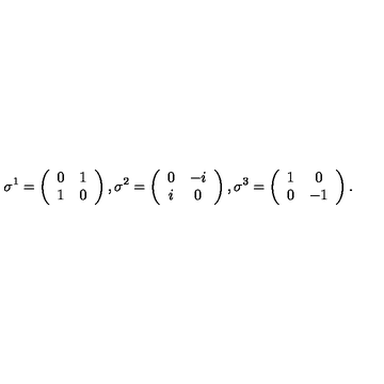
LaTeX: \sigma ^ { 1 } = \left( \begin{array} { c c } { 0 } & { 1 } \\ { 1 } & { 0 } \\ \end{array} \right) , \sigma ^ { 2 } = \left( \begin{array} { c c } { 0 } & { - i } \\ { i } & { 0 } \\ \end{array} \right) , \sigma ^ { 3 } = \left( \begin{array} { c c } { 1 } & { 0 } \\ { 0 } & { - 1 } \\ \end{array} \right) .